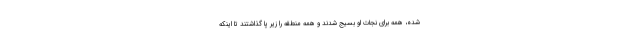
شده، همه برای نجات او بسیج شدند و همه منطقه را زیر پا گذاشتند تا اینکه